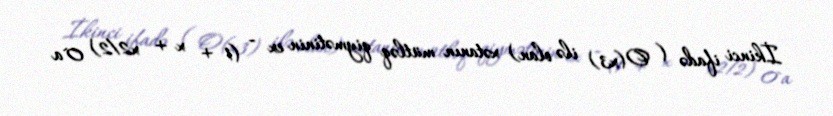
İkinci ifadə ( O(x3) ilə olan) xətanın mütləq qiymətinin ex − (1 + x + x2/2) 0`a